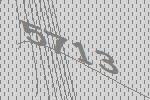
5713